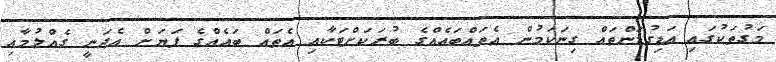
މަގުތަކުގައި އަޑިގުޑަންތައް ގިނަކަމުން އެތައްބައެއްގެ ބުރަކަށްޓަކާއި އެތައް ބައެއްގެ ފަޔަަށް އެދަނީ ގެއްލުމާއި